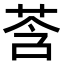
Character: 莟